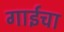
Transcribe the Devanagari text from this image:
गाईचा